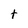
Character: t